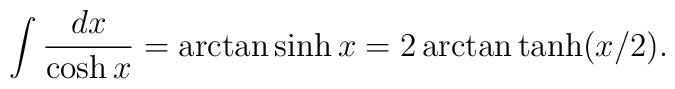
\displaystyle\int \displaystyle\frac{dx}{\cosh x}=\arctan \sinh x=2\arctan \tanh (x/2).